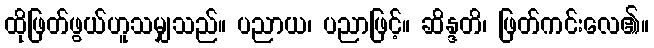
ထိုဖြတ်ဖွယ်ဟူသမျှသည်။ ပညာယ၊ ပညာဖြင့်။ ဆိန္ဒတိ၊ ဖြတ်ကင်းလေ၏။